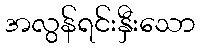
အလွန်ရင်းနှီးသော